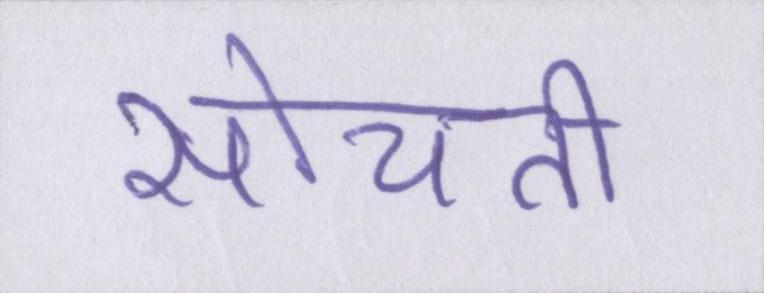
सोचती